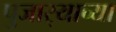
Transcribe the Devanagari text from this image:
पुजार्‍याच्या